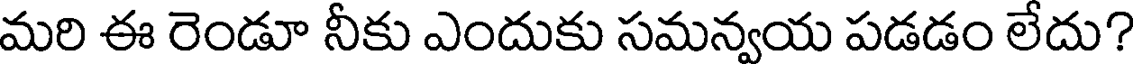
మరి ఈ రెండూ నీకు ఎందుకు సమన్వయ పడడం లేదు?